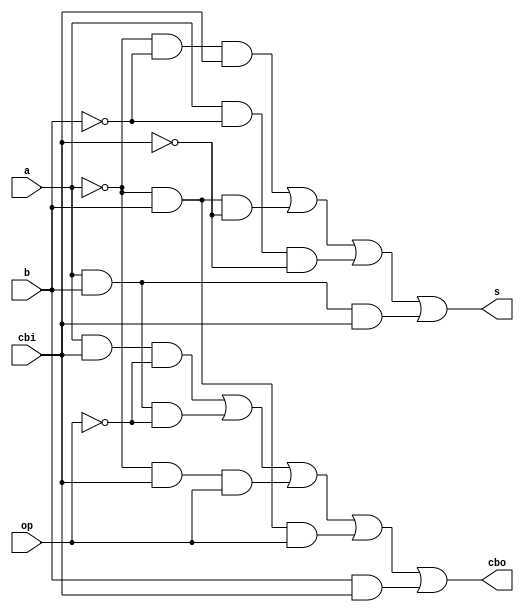
/*
 * Generated by Digital. Don't modify this file!
 * Any changes will be lost if this file is regenerated.
 */

module sumres (
  input op,
  input a,
  input b,
  input cbi,
  output s,
  output cbo
);
  wire s0;
  assign s0 = ~ a;
  assign s = ((s0 & ~ b & cbi) | (s0 & b & ~ cbi) | (a & ~ b & ~ cbi) | (a & b & cbi));
  assign cbo = ((a & cbi & ~ op) | (a & b & ~ op) | (s0 & cbi & op) | (s0 & b & op) | (b & cbi));
endmodule

module Suma_resta (
  input a_3,
  input a_2,
  input a_1,
  input a_0,
  input b_3,
  input b_2,
  input b_1,
  input b_0,
  input Op,
  output s_4,
  output s_3,
  output s_2,
  output s_1,
  output s_0
);
  wire s0;
  wire s1;
  wire s2;
  sumres sumres_i0 (
    .op( Op ),
    .a( a_0 ),
    .b( b_0 ),
    .cbi( 1'b0 ),
    .s( s_0 ),
    .cbo( s2 )
  );
  sumres sumres_i1 (
    .op( Op ),
    .a( a_1 ),
    .b( b_1 ),
    .cbi( s2 ),
    .s( s_1 ),
    .cbo( s1 )
  );
  sumres sumres_i2 (
    .op( Op ),
    .a( a_2 ),
    .b( b_2 ),
    .cbi( s1 ),
    .s( s_2 ),
    .cbo( s0 )
  );
  sumres sumres_i3 (
    .op( Op ),
    .a( a_3 ),
    .b( b_3 ),
    .cbi( s0 ),
    .s( s_3 ),
    .cbo( s_4 )
  );
endmodule

module CompUnsigned #(
    parameter Bits = 1
)
(
    input [(Bits -1):0] a,
    input [(Bits -1):0] b,
    output \> ,
    output \= ,
    output \<
);
    assign \> = a > b;
    assign \= = a == b;
    assign \< = a < b;
endmodule


module Mux_2x1_NBits #(
    parameter Bits = 2
)
(
    input [0:0] sel,
    input [(Bits - 1):0] in_0,
    input [(Bits - 1):0] in_1,
    output reg [(Bits - 1):0] out
);
    always @ (*) begin
        case (sel)
            1'h0: out = in_0;
            1'h1: out = in_1;
            default:
                out = 'h0;
        endcase
    end
endmodule


module bitsToBcd (
  input [3:0] b,
  output [3:0] d
);
  wire [3:0] s0;
  wire s1;
  wire s2;
  wire s3;
  wire s4;
  wire s5;
  wire s6;
  wire s7;
  wire [3:0] s8;
  wire s9;
  wire s10;
  wire s11;
  wire s12;
  wire s13;
  wire s14;
  wire s15;
  wire s16;
  wire [3:0] const4b3;
  assign const4b3 = 4'b11;
  assign s3 = b[0];
  assign s4 = b[1];
  assign s5 = b[2];
  assign s6 = b[3];
  assign s12 = const4b3[0];
  assign s11 = const4b3[1];
  assign s10 = const4b3[2];
  assign s9 = const4b3[3];
  assign s0[0] = s3;
  assign s0[1] = s4;
  assign s0[2] = s5;
  assign s0[3] = s6;
  Suma_resta Suma_resta_i0 (
    .a_3( s6 ),
    .a_2( s5 ),
    .a_1( s4 ),
    .a_0( s3 ),
    .b_3( s9 ),
    .b_2( s10 ),
    .b_1( s11 ),
    .b_0( s12 ),
    .Op( 1'b0 ),
    .s_3( s13 ),
    .s_2( s14 ),
    .s_1( s15 ),
    .s_0( s16 )
  );
  CompUnsigned #(
    .Bits(4)
  )
  CompUnsigned_i1 (
    .a( 4'b101 ),
    .b( s0 ),
    .\= ( s1 ),
    .\< ( s2 )
  );
  assign s8[0] = s16;
  assign s8[1] = s15;
  assign s8[2] = s14;
  assign s8[3] = s13;
  assign s7 = (s1 | s2);
  Mux_2x1_NBits #(
    .Bits(4)
  )
  Mux_2x1_NBits_i2 (
    .sel( s7 ),
    .in_0( s0 ),
    .in_1( s8 ),
    .out( d )
  );
endmodule